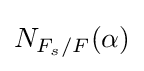
N_{F_{s}/F}(\alpha )